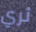
ثري